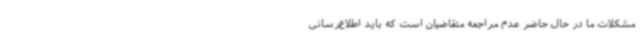
مشکلات ما در حال حاضر عدم مراجعه متقاضیان است که باید اطلاع‌رسانی